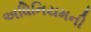
અધિનિયમની